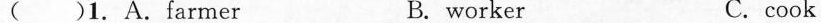
( )1.A.Farmer B. worker C.cook